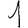
Digit: 1